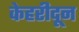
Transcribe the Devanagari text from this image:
केहरीदून